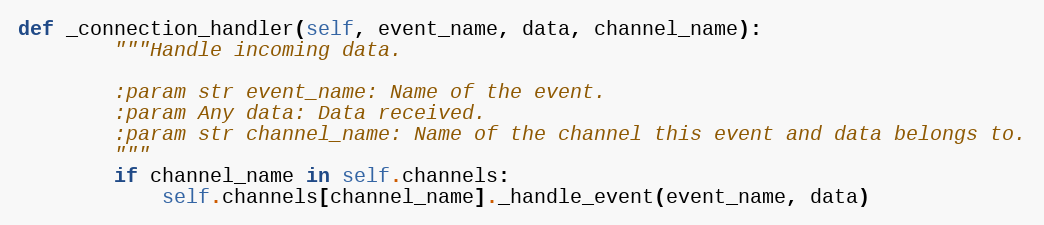
Language: Python
def _connection_handler(self, event_name, data, channel_name):
        """Handle incoming data.

        :param str event_name: Name of the event.
        :param Any data: Data received.
        :param str channel_name: Name of the channel this event and data belongs to.
        """
        if channel_name in self.channels:
            self.channels[channel_name]._handle_event(event_name, data)